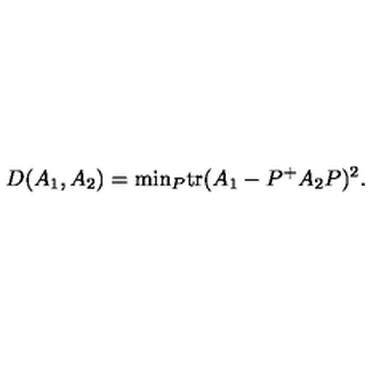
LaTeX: D ( A _ { 1 } , A _ { 2 } ) = \mathrm { m i n } _ { P } \mathrm { t r } ( A _ { 1 } - P ^ { + } A _ { 2 } P ) ^ { 2 } .